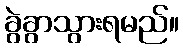
ခွဲခွာသွားရမည်။